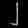
Digit: ၂